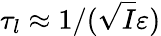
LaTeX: \tau_{l}\approx 1/(\sqrt{I}\varepsilon)